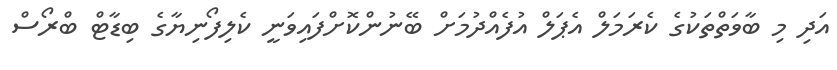
އަދި މި ބާވަތްތަކުގެ ކެރަމަލް އެޕަލް އުފެއްދުމަށް ބޭނުންކޮށްފައިވަނީ ކެލިފޯނިޔާގެ ބިޑާޓް ބްރޯސް